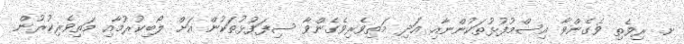
ށ. ރިވެތި ވެގެންވާ އިސްމުފުޅުތަކުންނާއި އަދި މަތިވެރިވެގެންވާ ސިފަފުޅުތަކުން އަށް ލޯބިކުރުމާއި މަތިވެރިކުރުން